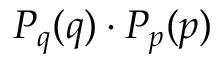
P _ { q } ( q ) \cdot P _ { p } ( p )